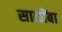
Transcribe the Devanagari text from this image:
साळींबा